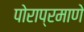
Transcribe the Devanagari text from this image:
पोराप्रमाणे